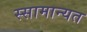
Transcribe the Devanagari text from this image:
स्सामान्यत